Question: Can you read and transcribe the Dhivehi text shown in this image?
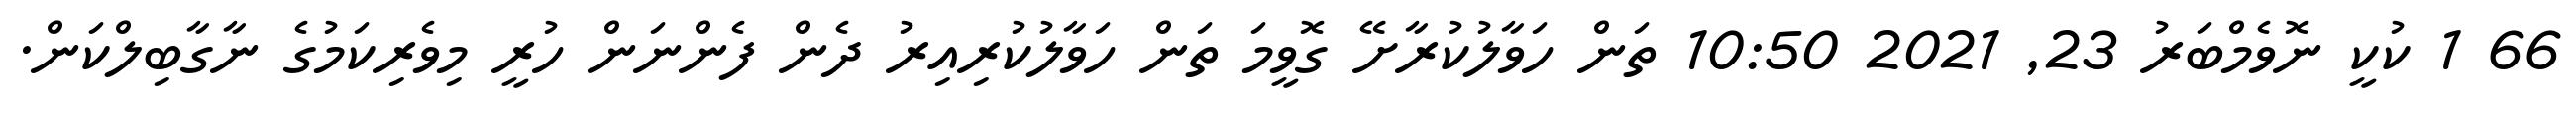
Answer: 66 1 ކުކީ ނޮވެމްބަރު 23, 2021 10:50 ތަން ހަވާލުކުރާށޭ ގޮވީމަ ތަން ހަވާލުކުރިއިރު ދެން ފެންނަން ހުރީ މިވެރިކަމުގެ ނާގާބިލްކަން.